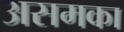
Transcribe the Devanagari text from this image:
असमका